Insane asylums in Bengal annual reports 1876-1887 - 1876-1887
Year: 1876
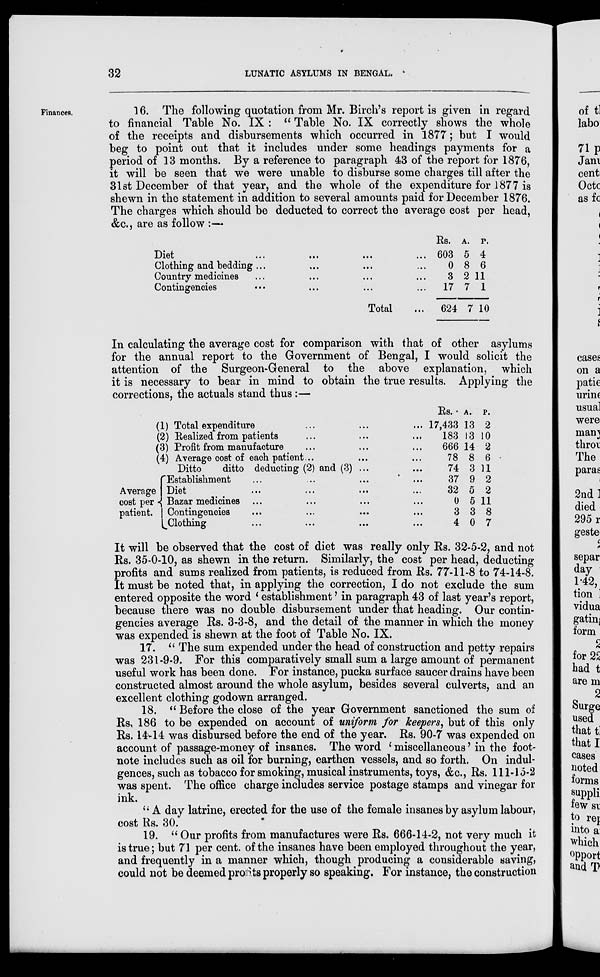
32
LUNATIC ASYLUMS IN BENGAL.
Finances.
16. The following quotation from Mr. Birch's report is given in regard
to financial Table No. IX : " Table No. IX correctly shows the whole
of the receipts and disbursements which occurred in 1877; but I would
beg to point out that it includes under some headings payments for a
period of 13 months. By a reference to paragraph 43 of the report for 1876,
it will be seen that we were unable to disburse some charges till after the
31st December of that year, and the whole of the expenditure for 1877 is
shewn in the statement in addition to several amounts paid for December 1876.
The charges which should be deducted to correct the average cost per head,
&c., are as follow :—
Diet
...
...
...
...
Clothing and bedding ... ... ... ...
Country medicines ... ... ... ...
Contingencies ... ... ... ...
Total ...
Rs.
603
0
3
17
624
A.
5
8
2
7
7
P.
4
6
11
1
10
In calculating the average cost for comparison with that of other asylums
for the annual report to the Government of Bengal, I would solicit the
attention of the Surgeon-General to the above explanation, which
it is necessary to bear in mind to obtain the true results. Applying the
corrections, the actuals stand thus :—
(1) Total expenditure ... ... ...
(2) Realized from patients ... ... ...
(3) Profit from manufacture ... ... ...
(4) Average cost of each patient... ... ...
Ditto
ditto deducting (2) and (3) ... ...
Average
cost per
patient.
Establishment ... ... ... ...
Diet ... ... ... ...
Bazar medicines ... ... ... ...
Contingencies ... ... ... ...
Clothing ... ... ... ...
Rs.
17,433
183
666
78
74
37
32
0
3
4
A.
13
13
14
8
3
9
5
5
3
0
P.
2
10
2
6
11
2
2
11
8
7
It will be observed that the cost of diet was really only Rs. 32-5-2, and not
Rs. 35-0-10, as shewn in the return. Similarly, the cost per head, deducting
profits and sums realized from patients, is reduced from Rs. 77-11-8 to 74-14-8.
It must be noted that, in applying the correction, I do not exclude the sum
entered opposite the word ' establishment' in paragraph 43 of last year's report,
because there was no double disbursement under that heading. Our contin-
gencies average Rs. 3-3-8, and the detail of the manner in which the money
was expended is shewn at the foot of Table No. IX.
17. " The sum expended under the head of construction and petty repairs
was 231-9-9. For this comparatively small sum a large amount of permanent
useful work has been done. For instance, pucka surface saucer drains have been
constructed almost around the whole asylum, besides several culverts, and an
excellent clothing godown arranged.
18. " Before the close of the year Government sanctioned the sum of
Rs. 186 to be expended on account of uniform for keepers, but of this only
Rs. 14-14 was disbursed before the end of the year. Rs. 90-7 was expended on
account of passage-money of insanes. The word ' miscellaneous' in the foot-
note includes such as oil for burning, earthen vessels, and so forth. On indul-
gences, such as tobacco for smoking, musical instruments, toys, &c., Rs. 111-15-2
was spent. The office charge includes service postage stamps and vinegar for
ink.
" A day latrine, erected for the use of the female insanes by asylum labour,
cost Rs. 30.
19. " Our profits from manufactures were Rs. 666-14-2, not very much it
is true; but 71 per cent. of the insanes have been employed throughout the year,
and frequently in a manner which, though producing a considerable saving,
could not be deemed profits properly so speaking. For instance, the construction